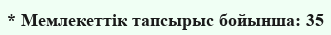
* Мемлекеттік тапсырыс бойынша: 35